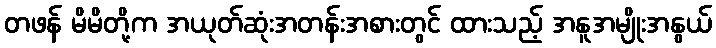
တဖန် မိမိတို့က အယုတ်ဆုံးအတန်းအစားတွင် ထားသည့် အနူအမျိုးအနွယ်